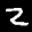
Label: 2